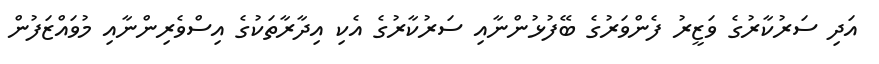
އަދި ސަރުކާރުގެ ވަޒީރު ފެންވަރުގެ ބޭފުޅުންނާއި ސަރުކާރުގެ އެކި އިދާރާތަކުގެ އިސްވެރިންނާއި މުވައްޒަފުން